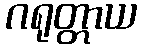
ဂရုတ္တာယ